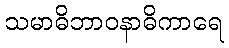
သမာဓိဘာဝနာဓိကာရေ